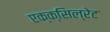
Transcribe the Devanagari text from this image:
एक्क्सिल्रेट